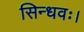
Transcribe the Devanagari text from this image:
सिन्धवः।